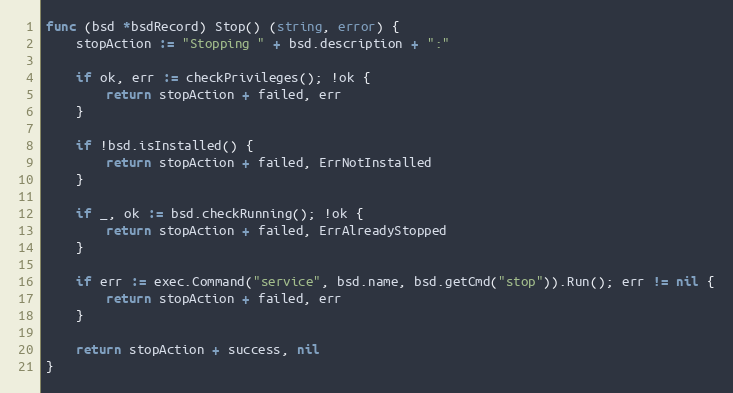
Language: Go
func (bsd *bsdRecord) Stop() (string, error) {
	stopAction := "Stopping " + bsd.description + ":"

	if ok, err := checkPrivileges(); !ok {
		return stopAction + failed, err
	}

	if !bsd.isInstalled() {
		return stopAction + failed, ErrNotInstalled
	}

	if _, ok := bsd.checkRunning(); !ok {
		return stopAction + failed, ErrAlreadyStopped
	}

	if err := exec.Command("service", bsd.name, bsd.getCmd("stop")).Run(); err != nil {
		return stopAction + failed, err
	}

	return stopAction + success, nil
}